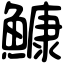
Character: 鱇